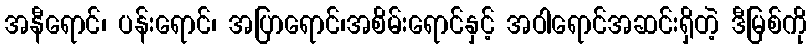
အနီရောင်၊ ပန်းရောင်၊ အပြာရောင်၊အစိမ်းရောင်နှင့် အဝါရောင်အဆင်းရှိတဲ့ ဒီမြစ်ကို